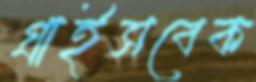
গ্রাইসবেক